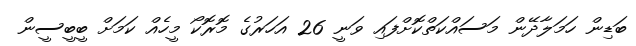
ބަޑިިން ހަމަލާދޭން މަސައްކަތްކޮށްފައި ވަނީ 26 އަހަރުގެ މޮރޮކޯ މީހެއް ކަަމަށް ބީބީސީން